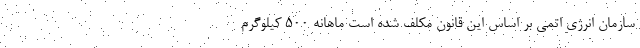
سازمان انرژی اتمی بر اساس این قانون مکلف شده است ماهانه ۵۰۰ کیلوگرم